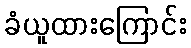
ခံယူထားကြောင်း